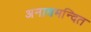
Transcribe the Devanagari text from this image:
अनावमन्दित